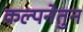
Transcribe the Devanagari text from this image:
कल्पनेतुन